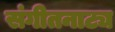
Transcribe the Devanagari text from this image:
संगीतनाट्य